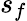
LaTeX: s_{f}